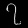
Digit: ၇